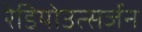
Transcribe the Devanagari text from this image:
रेडियोउत्सर्जन